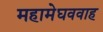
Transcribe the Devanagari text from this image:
महामेघववाह